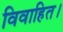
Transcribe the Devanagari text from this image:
विवाहित।